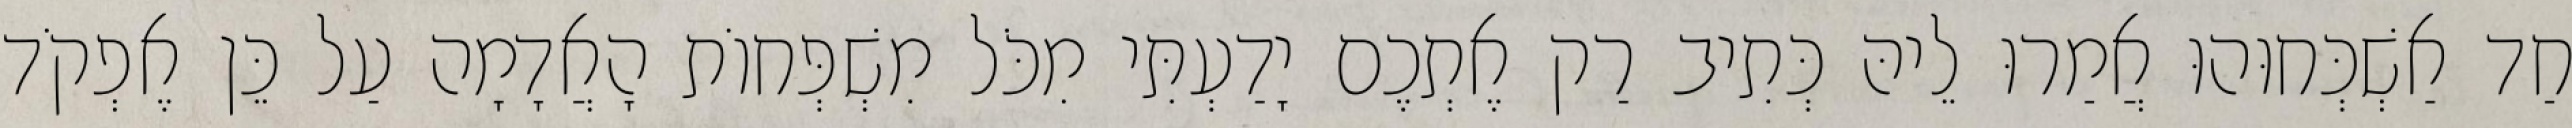
חַד אַשְׁכְּחוּהוּ אֲמַרוּ לֵיהּ כְּתִיב רַק אֶתְכֶם יָדַעְתִּי מִכֹּל מִשְׁפְּחוֹת הָאֲדָמָה עַל כֵּן אֶפְקֹד